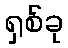
ရှစ်ခု